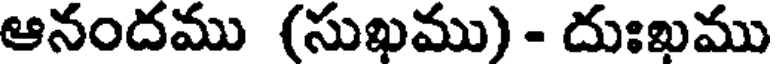
ఆనందము (సుఖము) - దుఃఖము